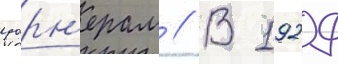
уорн'ерам // В 1929